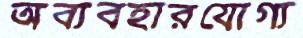
অব্যবহারযোগ্য